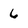
Character: 6